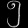
Digit: ၅